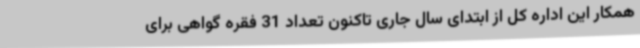
همکار این اداره کل از ابتدای سال جاری تاکنون تعداد 31 فقره گواهی برای